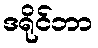
ဒရိုင်ဘာ